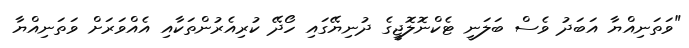
"ވަތަނިއްޔާ އަބަދު ވެސް ބަލަނީ ޓެކްނޮލޮޖީގެ ދުނިޔޭގައި ހޯދޭ ކުރިއެރުންތަކާއި އެއްވަރަށް ވަތަނިއްޔާ